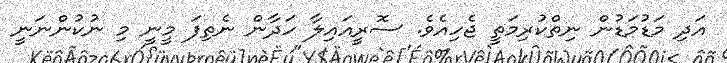
އަދި މަޑުމަޑުން ނިތްކުރިމަތީ ޖެހިއެވެ. ސޮރީއައިލާ ހަދާން ނެތިފަ މީނީ މި ނުކުންނަނީ